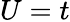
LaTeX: U=t